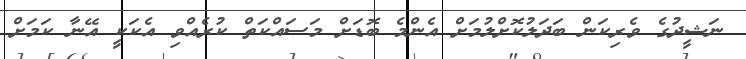
ނަޝީދުގެ ވެރިކަން ބަދަލުކޮށްލުމަށް އެންމެ ބޮޑަށް މަސައްކަތް ކުރެއްވި އެކަކީ އޭނާ ކަމަށް